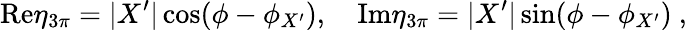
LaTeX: \mathrm{Re}\eta_{3\pi}=|X^{\prime}|\cos(\phi-\phi_{X^{\prime}}),\quad\mathrm{Im}\eta_{3\pi}=|X^{\prime}|\sin(\phi-\phi_{X^{\prime}})\ ,